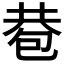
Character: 𢁀